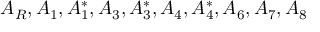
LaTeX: A _ { R } , A _ { 1 } , A _ { 1 } ^ { * } , A _ { 3 } , A _ { 3 } ^ { * } , A _ { 4 } , A _ { 4 } ^ { * } , A _ { 6 } , A _ { 7 } , A _ { 8 }